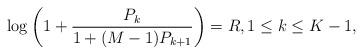
LaTeX: \begin{align*}\log\left(1+\frac{P_k}{1+(M-1)P_{k+1}} \right)=R, 1\leq k \leq K-1,\end{align*}